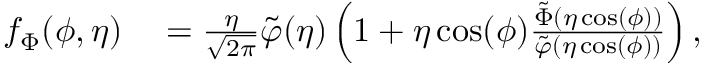
\begin{array} { r l } { f _ { \Phi } ( \phi , \eta ) } & { { } = \frac { \eta } { \sqrt { 2 \pi } } \tilde { \varphi } ( \eta ) \left( 1 + \eta \cos ( \phi ) \frac { \tilde { \Phi } ( \eta \cos ( \phi ) ) } { \tilde { \varphi } ( \eta \cos ( \phi ) ) } \right) , } \end{array}